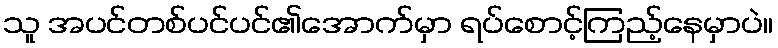
သူ အပင်တစ်ပင်ပင်၏အောက်မှာ ရပ်စောင့်ကြည့်နေမှာပဲ။